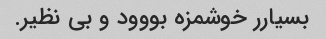
بسیارر خوشمزه بووود و بی نظیر.